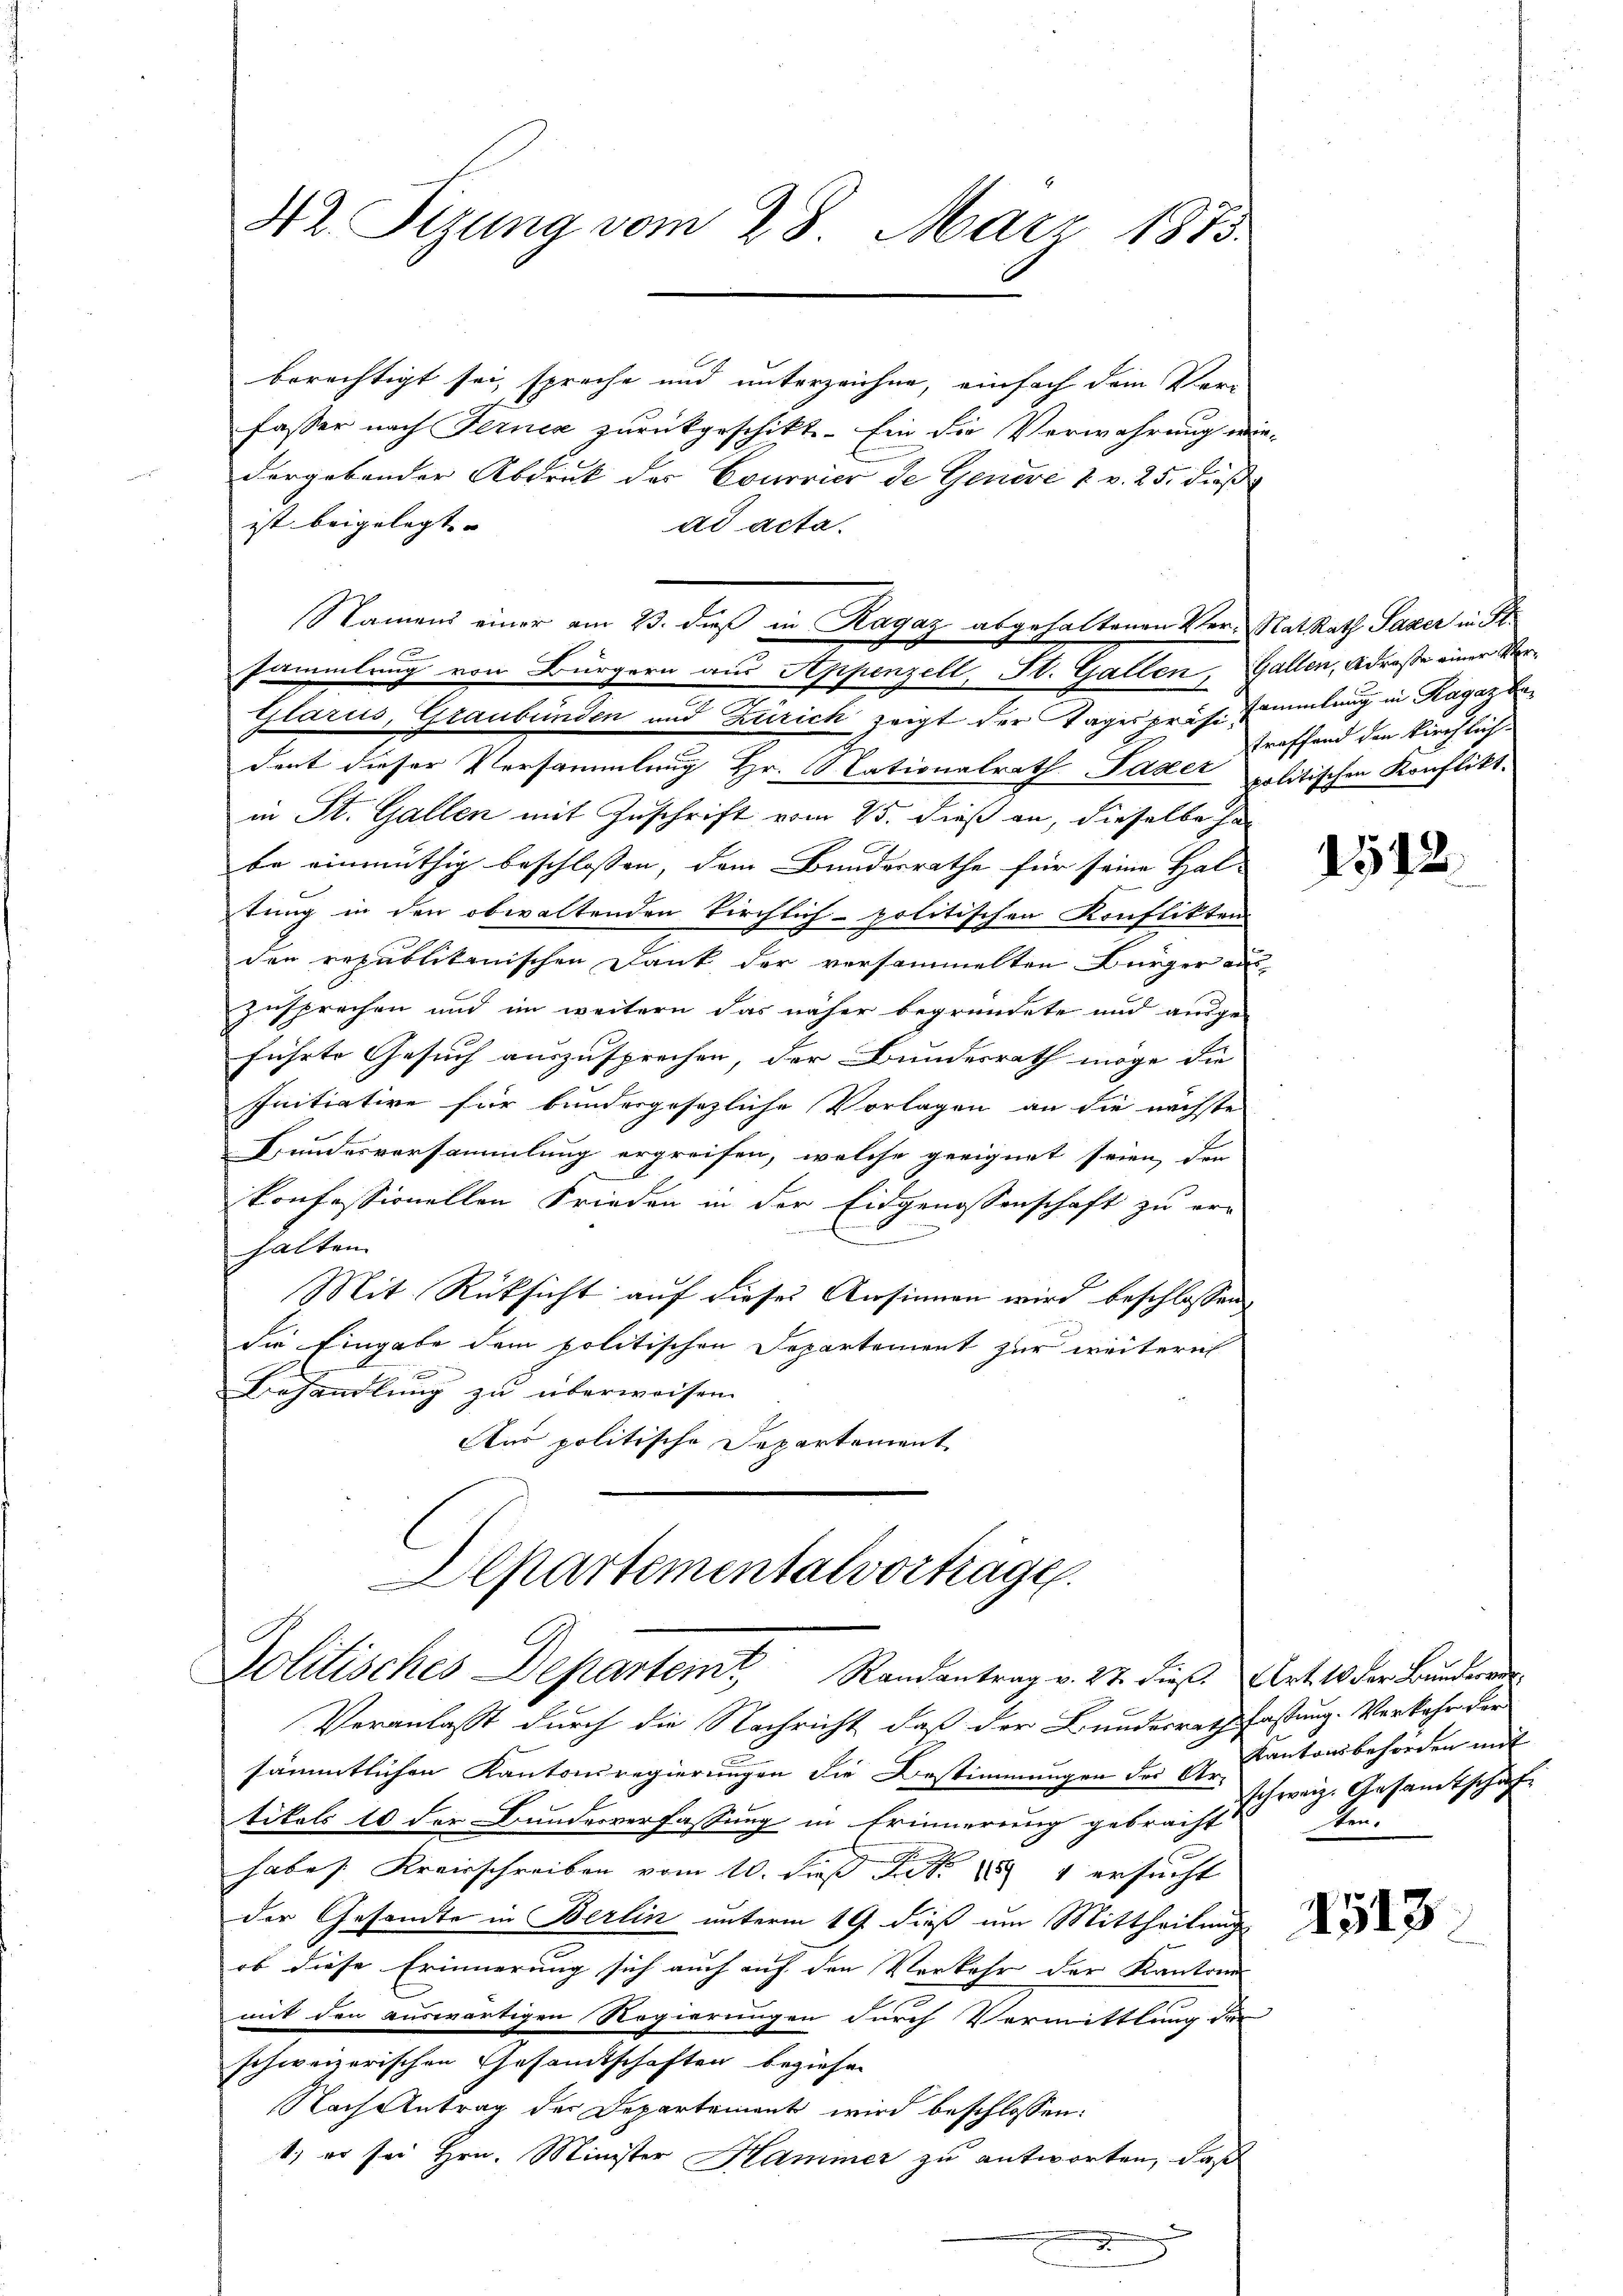
berechtigt sei, spreche und unterzeichne, einfach dem Verfasser nach Ferner zurückgeschikt. Ein die Verwahrung wie-
dergebender Abdruk des Courrier de Genève 1 v. 25. dieß
ist beigelegt. |
ad acta.
x
Glarus, Graubünden und Zürich zeigt der Tagespräsesammlung in Ragaz bedent dieser Versammlung Hr. Stationalrath Lager politischen Konflikt.
in St. Gallen mit Zuschrift vom 25. dieß an, dieselbe ha
be einmüthig beschlossen, dem Bundesrathe für seine Hal-
tung in den obwaltenden kirchlich-politischen Konflikten
den republikanischen Dank der versammelten Bürger aus-
zusprechen und im weitern das näher begründete und ausgeführte Gesuch auszusprechen, der Bundesrath möge die |
Initiative für bundesgesezliche Vorlagen an die nächste
Bundesvorsammlung ergreifen, welche geeignet seien, der
konfessionellen Frieden in der Eidgenossenschaft zu er-
1
halten.
Mit Rüksicht auf dieses Ansinnen wird beschlossen,
die Eingabe dem politischen Departement zur weiteri
f
Behandlung zu überweisen.
Aus politische Departement

42. Sizung vom 28. März 1873.

Namens einer am 23. daß in Ragaz abgehaltenen Ver-RatRath Sager in St.
sammlung von Bürgern aus Appenzell, St. Gallen, Gallen, Adrese einer Ver¬

Departementalvorträge.
Politisches Departemt, Randantrag v. 27. dieβ. Art. 10 der Bunderver¬

Veranlasst durch die Nachricht, daß der Bundesrath fastung. Verkehr der
sämmtlichen Kantonsregierungen die Bestimmungen der 2 Kantonsbehörden mit
tikels 10 der Bunderverfassung in Erinnerung gebracht
habes. Kreisschreiben vom 10. Die No 884 ersucht
der Gesandte in Berlin unterm 19 dieß um Mittheilung
ob diese Erinnerung sich auch auf den Verkehr der Kantone
mit den auswärtigen Regierungen durch Vermittlung der
schweizerischen Gesamtschaften beziehen
Nach Antrag der Departement wird beschlossen:
1) er sei Hrn. Minister Hammer zu antworten, daß

troffend den kirchlich-

1512.

schweiz. Gesamtschaf
den

1513